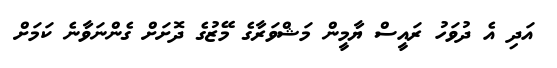
އަދި އެ ދުވަހު ރައީސް ޔާމީން މަޝްވަރާގެ މޭޒުގެ ދޮށަށް ގެންނަވާނެ ކަމަށް